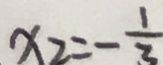
x _ { 2 } = - \frac { 1 } { 3 }